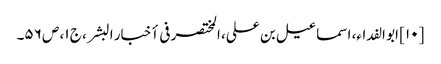
[۱۰] ابو الفداء، اسماعیل بن علی، المختصر فی أخبار البشر، ج ۱، ص ۵۶۔